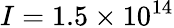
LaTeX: I=1.5\times 10^{14}